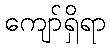
ကျော်ရှိရာ